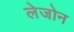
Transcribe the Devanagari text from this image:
लेजोन